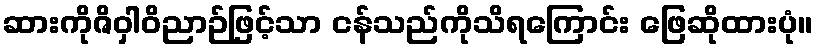
ဆားကိုဇိဝှါဝိညာဉ်ဖြင့်သာ ငန်သည်ကိုသိရကြောင်း ဖြေဆိုထားပုံ။